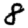
Digit: 8